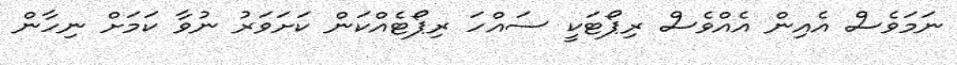
ނަމަވެސް އެއިން އެއްވެސް ރިޕޯޓަކީ ސައްހަ ރިޕޯޓެއްކަން ކަށަވަރު ނުވާ ކަމަށް ނިހާން